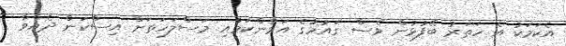
އެކަމަކު އެ ހަތަރު ބޭފުޅުން ވެސް ގައުމުގެ އަމާންކަމާއި މަސްލަހަތަށް އިސްކަން ދެއްވާ